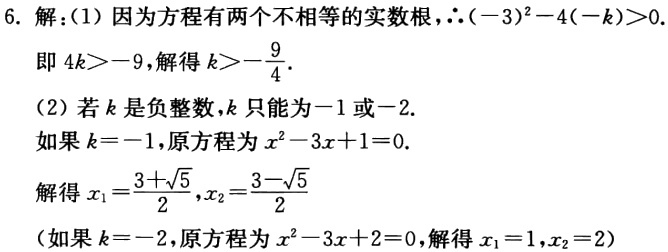
6. 解：(1) 因为方程有两个不相等的实数根，\(\therefore (-3)^{2}-4(-k)>0\).
即 \(4k>-9\)，解得 \(k>-\frac{9}{4}\).
(2) 若 \(k\) 是负整数，\(k\) 只能为\(-1\)或\(-2\).
如果 \(k = -1\)，原方程为 \(x^{2}-3x + 1 = 0\).
解得 \(x_{1}=\frac{3 + \sqrt{5}}{2},x_{2}=\frac{3 - \sqrt{5}}{2}\)
（如果 \(k = -2\)，原方程为 \(x^{2}-3x + 2 = 0\)，解得 \(x_{1}=1,x_{2}=2\)）